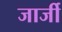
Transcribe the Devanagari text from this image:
जार्जी